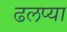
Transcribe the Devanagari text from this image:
ढलप्या